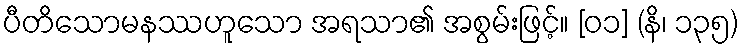
ပီတိသောမနဿဟူသော အရသာ၏ အစွမ်းဖြင့်။ [၀၁] (နိ၊ ၁၃၅)